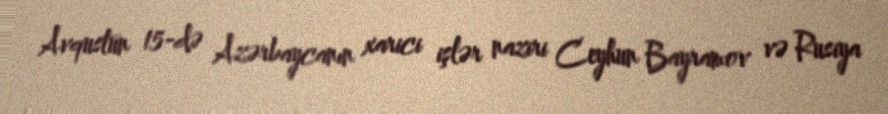
Avqustun 15-də Azərbaycanın xarici işlər naziri Ceyhun Bayramov və Rusiya